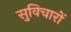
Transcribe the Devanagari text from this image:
सुविचारों